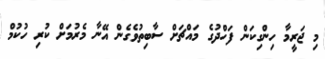
މި ޖަރީމާ ހިންގިކަން ފަހްދުގެ މައްޗަށް ސާބިތުވެގެން އޭނާ މެރުމަށް ކުރި ހުކުމް